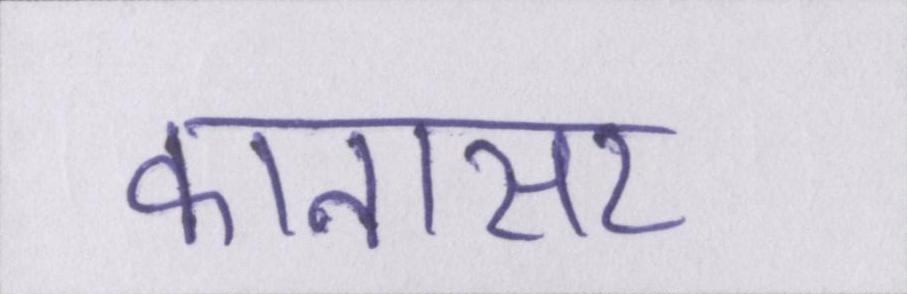
कानासर